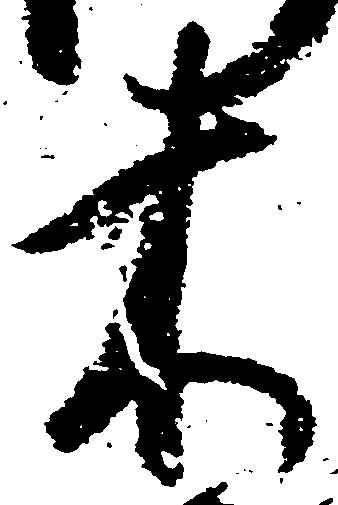
木